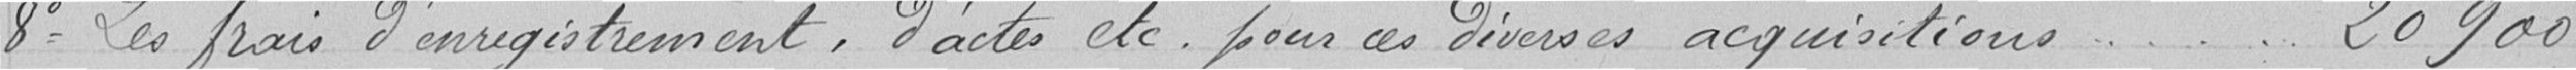
8 Les frais d'enregistrement, d'actes etc. pour ces diverses acquisitions 20900